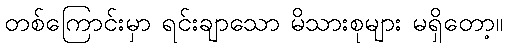
တစ်ကြောင်းမှာ ရင်းချာသော မိသားစုများ မရှိတော့။